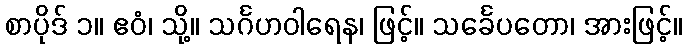
စာပိုဒ် ၁။ ဧဝံ၊ သို့။ သင်္ဂဟဝါရေန၊ ဖြင့်။ သင်္ခေပတော၊ အားဖြင့်။